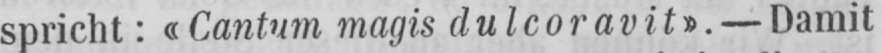
spricht: «Cantum magis dulcoravit». - Damit